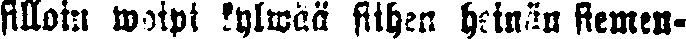
silloin woipi kylwää siihen heinän siemen-